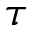
\tau